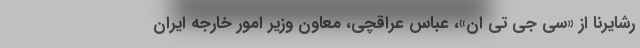
رشایرنا از «سی جی تی ان»، عباس عراقچی، معاون وزیر امور خارجه ایران